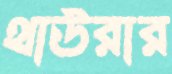
থাউরার